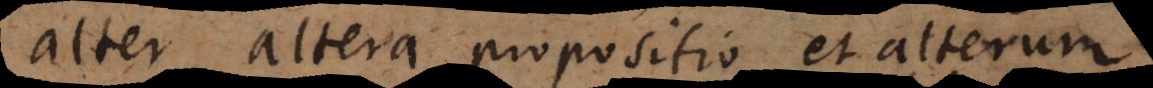
alter altera propositio et alterum